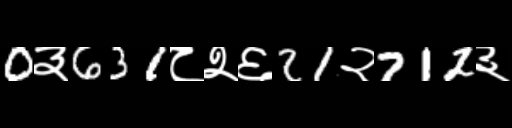
Text: 0३631८२६21२712३